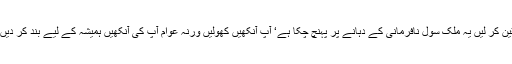
آپ یقین کر لیں یہ ملک سول نافرمانی کے دہانے پر پہنچ چکا ہے‘ آپ آنکھیں کھولیں ورنہ عوام آپ کی آنکھیں ہمیشہ کے لیے بند کر دیں گے۔